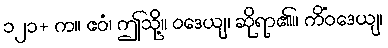
၁၂၁+ က။ ဧဝံ၊ ဤသို့။ ဝဒေယျ၊ ဆိုရာ၏။ ကိံဝဒေယျ၊